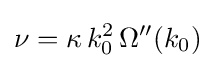
\nu =\kappa \,k_{0}^{2}\,\Omega ''(k_{0})